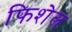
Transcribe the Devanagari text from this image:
फिशेल